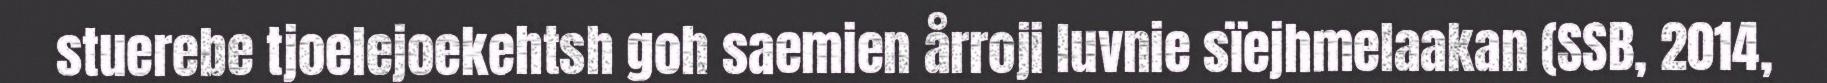
stuerebe tjoelejoekehtsh goh saemien årroji luvnie sïejhmelaakan (SSB, 2014,